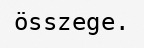
összege.